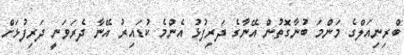
ބްރިނިއަލްގެ މަންމަ ބުނާގޮތުން އޭނާގެ ދަރިފުޅު އެންމެ ކުޑައިރު އޭނާ ދެރަވަނީ ދަރިފުޅަށް